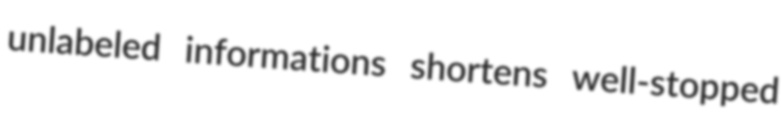
unlabeled informations shortens well-stopped